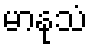
မာနုသံ